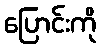
ပြောင်းကို